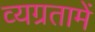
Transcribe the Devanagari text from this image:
व्यग्रतामें